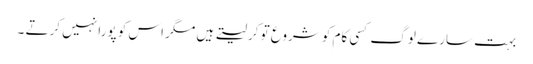
بہت سارے لوگ کسی کام کو شروع تو کرلیتے ہیں مگر اس کو پورا نہیں کرتے ۔